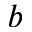
_ { b }